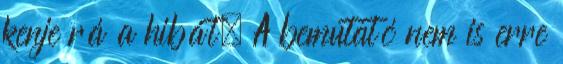
kenje rá a hibát. A bemutató nem is erre